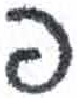
אות: פ